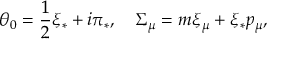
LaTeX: \theta _ { 0 } = \frac { 1 } { 2 } \xi _ { * } + i \pi _ { * } , \quad \Sigma _ { \mu } = m \xi _ { \mu } + \xi _ { * } p _ { \mu } ,